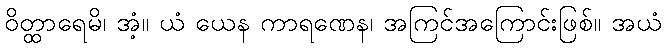
ဝိတ္ထာရေမိ၊ အံ့။ ယံ ယေန ကာရဏေန၊ အကြင်အကြောင်းဖြစ်။ အယံ